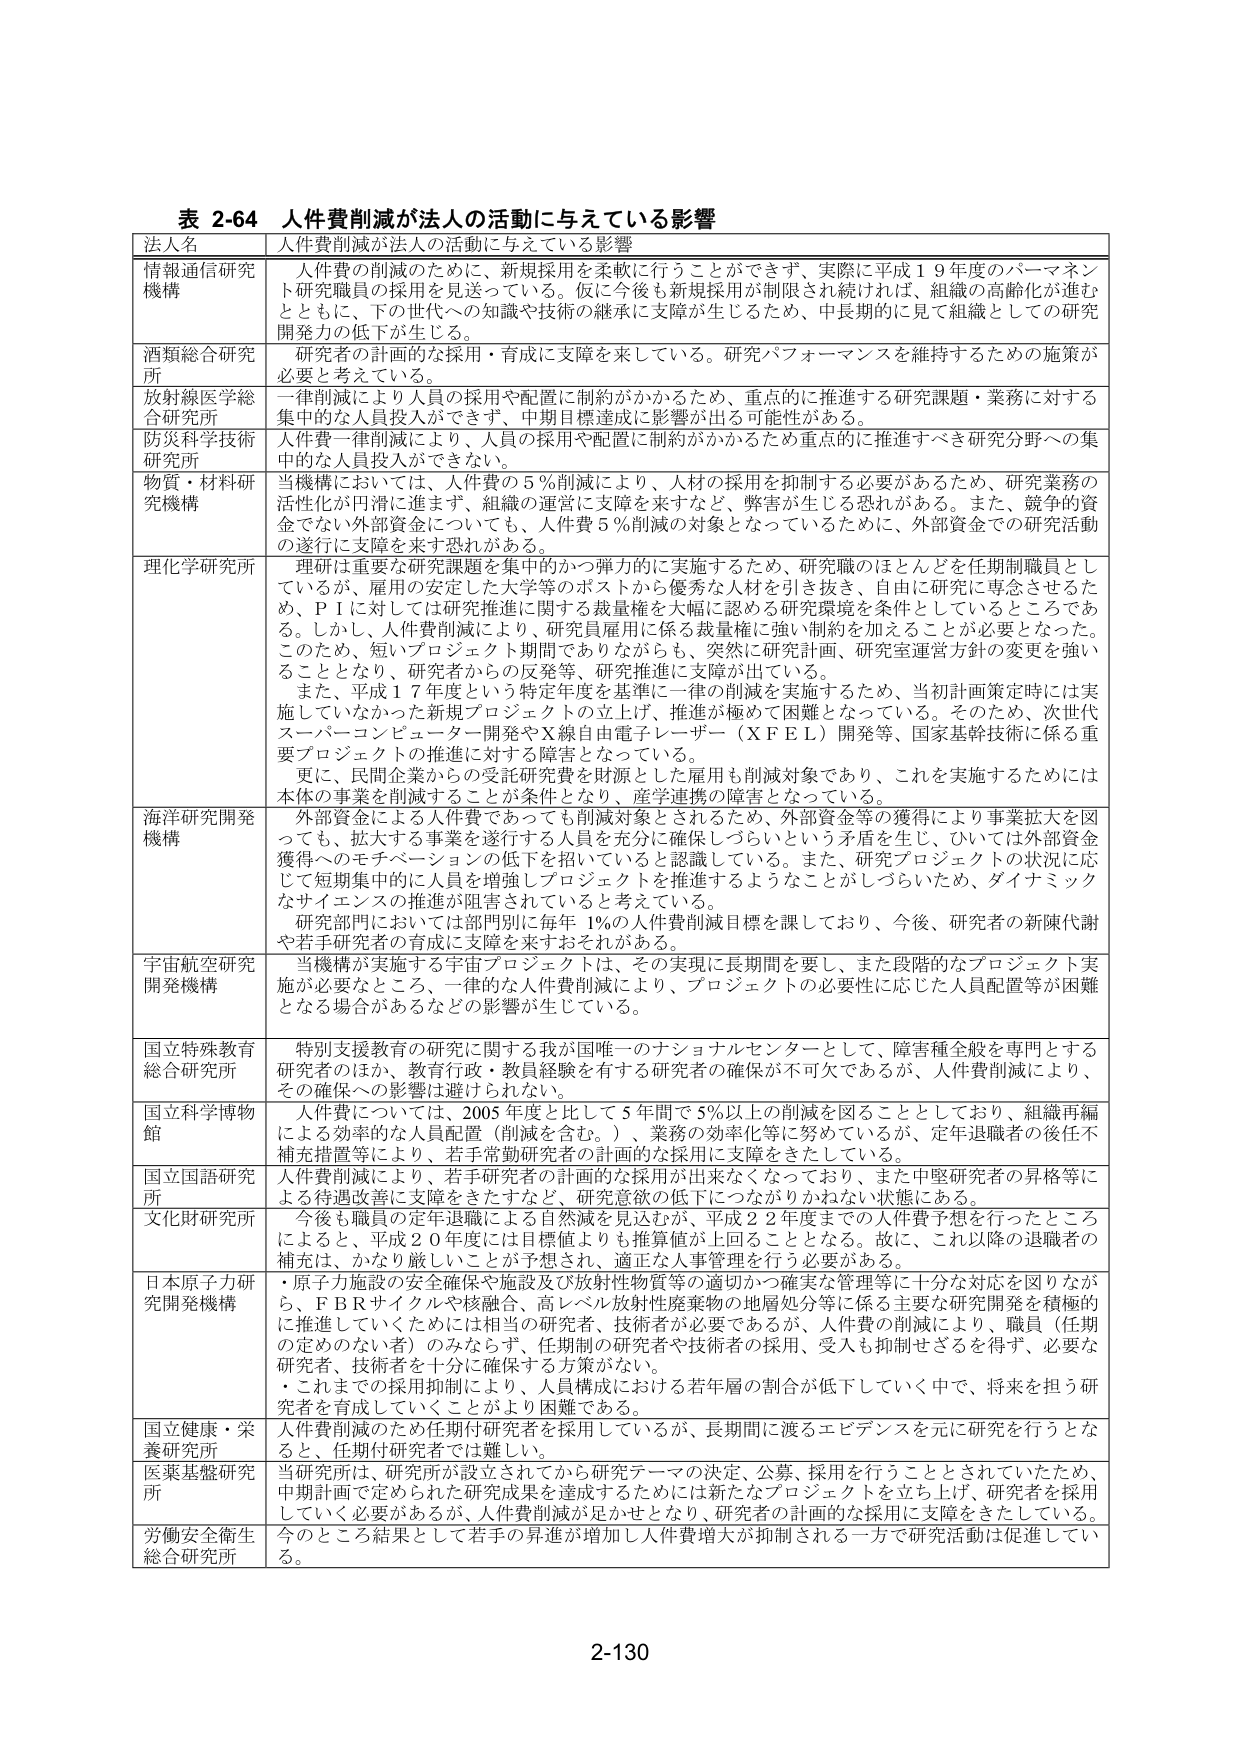
表 2-64 人件費削減が法人の活動に与えている影響

法人名 人件費削減が法人の活動に与えている影響

情報通信研究機構 人件費の削減のために、新規採用を柔軟に行うことができず、実際に平成19年度のパーマネント研究職員の採用を見送っている。仮に今後も新規採用が制限され続ければ、組織の高齢化が進むとともに、下の世代への知識や技術の継承に支障が生じるため、中長期的に見て組織としての研究開発力の低下が生じる。

酒類総合研究所 研究者の計画的な採用・育成に支障を来している。研究パフォーマンスを維持するための施策が必要と考えている。

放射線医学総合研究所 一律削減により人員の採用や配置に制約がかかるため、重点的に推進する研究課題・業務に対する集中的な人員投入ができず、中期目標達成に影響が出る可能性がある。

防災科学技術研究所 人件費一律削減により、人員の採用や配置に制約がかかるため重点的に推進すべき研究分野への集中的な人員投入ができない。

物質・材料研究機構 当機構においては、人件費の5％削減により、人材の採用を抑制する必要があるため、研究業務の活性化が円滑に進まず、組織の運営に支障を来すなど、弊害が生じる恐れがある。また、競争的資金でない外部資金についても、人件費5％削減の対象となっているために、外部資金での研究活動の遂行に支障を来す恐れがある。

理化学研究所 理研は重要な研究課題を集中的かつ弾力的に実施するため、研究職のほとんどを任期制職員としているが、雇用の安定した大学等のポストから優秀な人材を引き抜き、自由に研究に専念させるため、ＰＩに対しては研究推進に関する裁量権を大幅に認める研究環境を条件としているところである。しかし、人件費削減により、研究員雇用に係る裁量権に強い制約を加えることが必要となった。このため、短いプロジェクト期間でありながらも、突然に研究計画、研究室運営方針の変更を強いることとなり、研究者からの反発等、研究推進に支障が出ている。また、平成17年度という特定年度を基準に一律の削減を実施するため、当初計画策定時には実施していなかった新規プロジェクトの立上げ、推進が極めて困難となっている。そのため、次世代スーパーコンピューター開発やＸ線自由電子レーザー（ＸＦＥＬ）開発等、国家基幹技術に係る重要プロジェクトの推進に対する障害となっている。更に、民間企業からの受託研究費を財源とした雇用も削減対象であり、これを実施するためには本体の事業を削減することが条件となり、産学連携の障害となっている。

海洋研究開発機構 外部資金による人件費であっても削減対象とされるため、外部資金等の獲得により事業拡大を図っても、拡大する事業を遂行する人員を充分に確保しづらいという矛盾を生じ、ひいては外部資金獲得へのモチベーションの低下を招いていると認識している。また、研究プロジェクトの状況に応じて短期集中的に人員を増強しプロジェクトを推進するようなことがしづらいため、ダイナミックなサイエンスの推進が阻害されていると考えている。研究部門においては部門別に毎年1％の人件費削減目標を課しており、今後、研究者の新陳代謝や若手研究者の育成に支障を来すおそれがある。

宇宙航空研究開発機構 当機構が実施する宇宙プロジェクトは、その実現に長期間を要し、また段階的なプロジェクト実施が必要なところ、一律的な人件費削減により、プロジェクトの必要性に応じた人員配置等が困難となる場合があるなどの影響が生じている。

国立特殊教育総合研究所 特別支援教育の研究に関する我が国唯一のナショナルセンターとして、障害種全般を専門とする研究者のほか、教育行政・教員経験を有する研究者の確保が不可欠であるが、人件費削減により、その確保への影響は避けられない。

国立科学博物館 人件費については、2005年度と比して5年間で5％以上の削減を図ることとしており、組織再編による効率的な人員配置（削減を含む。）、業務の効率化等に努めているが、定年退職者の後任不補充措置等により、若手常勤研究者の計画的な採用に支障をきたしている。

国立国語研究所 人件費削減により、若手研究者の計画的な採用が出来なくなっており、また中堅研究者の昇格等による待遇改善に支障をきたすなど、研究意欲の低下につながりかねない状態にある。

文化財研究所 今後も職員の定年退職による自然減を見込むが、平成22年度までの入件費予想を行ったところによると、平成20年度には目標値よりも換算値が上回ることとなる。故に、これ以降の退職者の補充は、かなり厳しいことが予想され、適正な人事管理を行う必要がある。

日本原子力研究開発機構 ・原子力施設の安全確保や施設及び放射性物質等の適切かつ確実な管理等に十分な対応を図りながら、ＦＢＲサイクルや核融合、高レベル放射性廃棄物の地層処分等に係る主要な研究開発を積極的に推進していくためには相当の研究者、技術者が必要であるが、人件費の削減により、職員（任期の定めのない者）のみならず、任期制の研究者や技術者の採用、受入も抑制せざるを得ず、必要な研究者、技術者を十分に確保する方策がない。・これまでの採用抑制により、人員構成における若年層の割合が低下していく中で、将来を担う研究者を育成していくことがより困難である。

国立健康・栄養研究所 人件費削減のため任期付研究者を採用しているが、長期間に渡るエビデンスを元に研究を行うとなると、任期付研究者では難しい。

医薬基盤研究所 当研究所は、研究所が設立されてから研究テーマの決定、公募、採用を行うこととされていたため、中期計画で定められた研究成果を達成するために新たなプロジェクトを立ち上げ、研究者を採用していく必要があるが、人件費削減が足かせとなり、研究者の計画的な採用に支障をきたしている。

労働安全衛生総合研究所 今のところ結果として若手の昇進が増加し人件費増大が抑制される一方で研究活動は促進している。

2-130